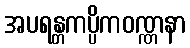
အပရန္တကပ္ပိကဝဏ္ဏနာ